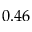
0 . 4 6